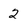
Character: 2